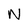
Character: N